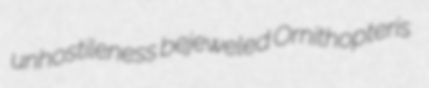
unhostileness bejeweled Ornithopteris